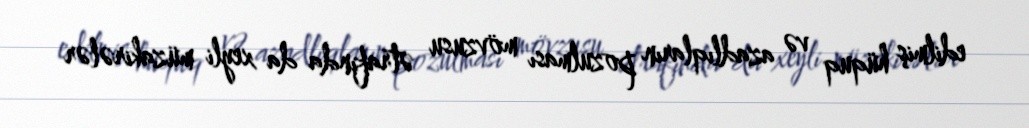
edilmiş hüquq və azadlıqların pozulması mövzusu ətrafında da xeyli müzakirələr